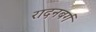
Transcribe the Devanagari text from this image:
रादनबर्ग